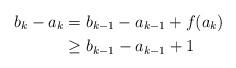
LaTeX: \begin{align*}b_k-a_k &= b_{k-1}-a_{k-1} + f(a_k)\\&\geq b_{k-1}-a_{k-1} + 1\end{align*}